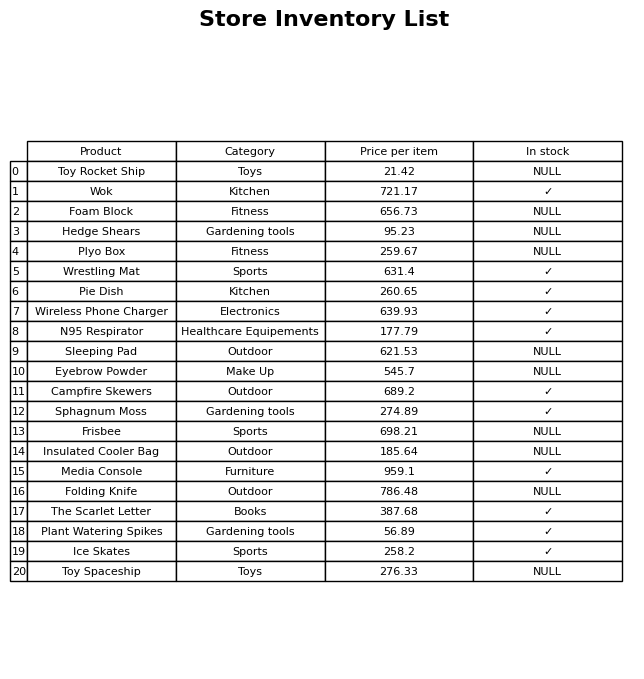
question: What is the price of the Sphagnum Moss?
answer: The price of Sphagnum Moss is 274.89.